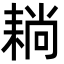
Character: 耥